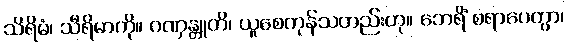
သိရိမံ၊ သီရိမာကို။ ဂဏှန္တူတိ၊ ယူစေကုန်သတည်းဟု။ ဘေရိံ စရာပေတွာ၊